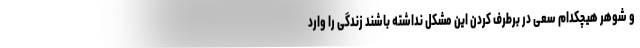
و شوهر هیچکدام سعی در برطرف کردن این مشکل نداشته باشند زندگی را وارد